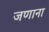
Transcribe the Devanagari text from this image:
जणाना